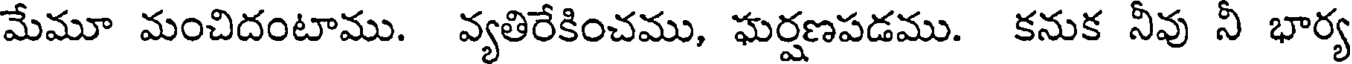
మేమూ మంచిదంటాము. వ్యతిరేకించము, ఘర్షణపడము. కనుక నీవు నీ భార్య